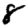
Digit: 8